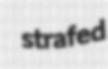
strafed